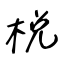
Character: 梲